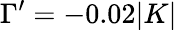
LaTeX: \Gamma^{\prime}=-0.02|K|